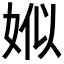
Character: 娰